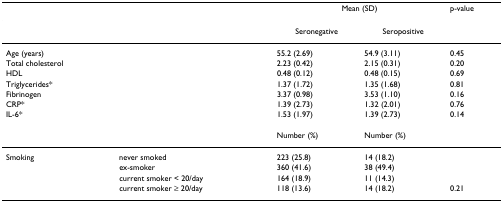
<table><thead><tr><td></td><td></td><td colspan="2"><b>Mean (SD)</b></td><td><b>p-value</b></td></tr></thead><tbody><tr><td></td><td></td><td>Seronegative</td><td>Seropositive</td><td></td></tr><tr><td>Age (years)</td><td></td><td>55.2 (2.69)</td><td>54.9 (3.11)</td><td>0.45</td></tr><tr><td>Total cholesterol</td><td></td><td>2.23 (0.42)</td><td>2.15 (0.31)</td><td>0.20</td></tr><tr><td>HDL</td><td></td><td>0.48 (0.12)</td><td>0.48 (0.15)</td><td>0.69</td></tr><tr><td>Triglycerides*</td><td></td><td>1.37 (1.72)</td><td>1.35 (1.68)</td><td>0.81</td></tr><tr><td>Fibrinogen</td><td></td><td>3.37 (0.98)</td><td>3.53 (1.10)</td><td>0.16</td></tr><tr><td>CRP*</td><td></td><td>1.39 (2.73)</td><td>1.32 (2.01)</td><td>0.76</td></tr><tr><td>IL-6*</td><td></td><td>1.53 (1.97)</td><td>1.39 (2.73)</td><td>0.14</td></tr><tr><td></td><td></td><td>Number (%)</td><td>Number (%)</td><td></td></tr><tr><td>Smoking</td><td>never smoked</td><td>223 (25.8)</td><td>14 (18.2)</td><td></td></tr><tr><td></td><td>ex-smoker</td><td>360 (41.6)</td><td>38 (49.4)</td><td></td></tr><tr><td></td><td>current smoker &lt; 20/day</td><td>164 (18.9)</td><td>11 (14.3)</td><td></td></tr><tr><td></td><td>current smoker ≥ 20/day</td><td>118 (13.6)</td><td>14 (18.2)</td><td>0.21</td></tr></tbody></table>